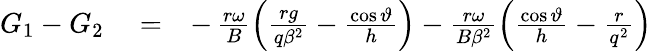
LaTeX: \begin{array}{rlr}{G_{1}-G_{2}}&{{}=}&{-\, \frac{r\omega}{B}\left(\frac{rg}{q\beta^{2}}-\frac{\cos\vartheta}{h}\right)-\frac{r\omega}{B\beta^{2}}\left(\frac{\cos\vartheta}{h}-\frac{r}{q^{2}}\right)}\end{array}